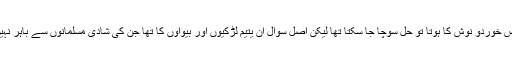
اگر یہ سوال محض خوردو نوش کا ہوتا تو حل سوچا جا سکتا تھا لیکن اصل سوال ان یتیم لڑکیوں اور بیواوں کا تھا جن کی شادی مسلمانوں سے باہر نہیں ہو سکتی تھی ۔